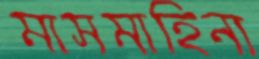
মাসমাহিনা